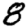
Digit: 8